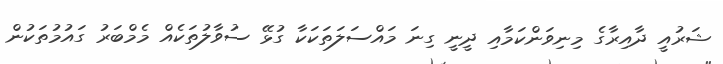
ޝަރުއީ ދާއިރާގެ މިނިވަންކަމާއި ދީނީ ގިނަ މައްސަލަތަކަކާ ގުޅޭ ސުވާލުތަކެއް މެމްބަރު ގައުމުތަކުން